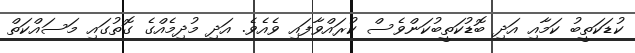
ކުޑަކަތީބު ކަމާއި އަދި ބޮޑުކަތީބުކަންވެސް ކުރައްވާފައި ވެއެވެ. އަދި މުދިމެއްގެ ގޮތުގައި މަސައްކަތް